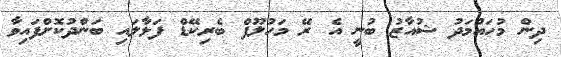
ދިން މުހައްމަދު ޝުއާޒު ބުނީ އެ ރޭ މަހުލޫފް ބެރިކޭޑް ފަޅާލައި ބަންދުކޮށްފައިވާ